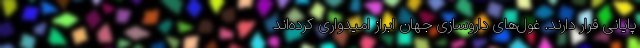
پایانی قرار دارند. غول‌های داروسازی جهان ابراز امیدواری کرده‌اند